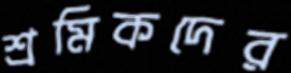
শ্রমিকদের